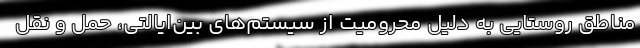
مناطق روستایی به دلیل محرومیت از سیستم‌های بین‌ایالتی، حمل و نقل